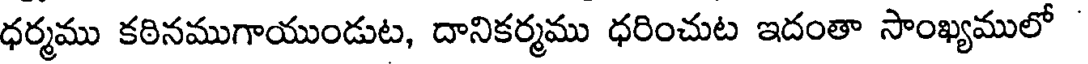
ధర్మము కఠినముగాయుండుట, దానికర్మము ధరించుట ఇదంతా సాంఖ్యములో